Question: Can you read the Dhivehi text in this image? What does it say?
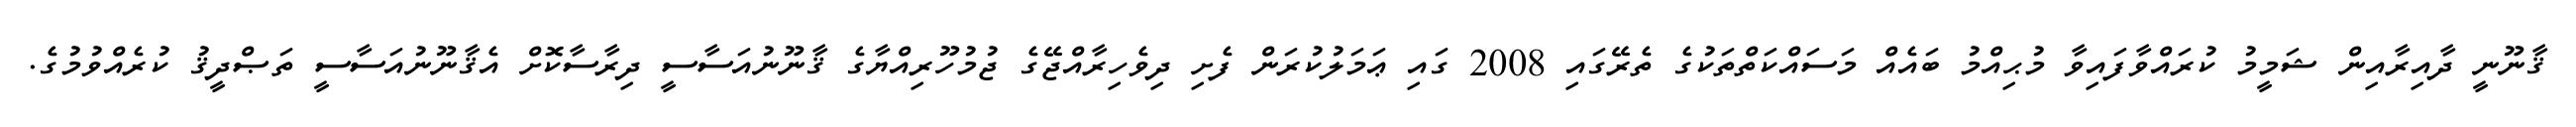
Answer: ޤާނޫނީ ދާއިރާއިން ޝަމީމު ކުރައްވާފައިވާ މުޙިއްމު ބައެއް މަސައްކަތްތަކުގެ ތެރޭގައި 2008 ގައި ޢަމަލުކުރަން ފެށި ދިވެހިރާއްޖޭގެ ޖުމުހޫރިއްޔާގެ ޤާނޫނުއަސާސީ ދިރާސާކޮށް އެޤާނޫނުއަސާސީ ތަޞްދީޤު ކުރެއްވުމުގެ.